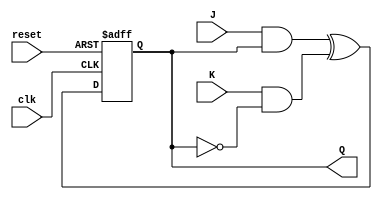
module jk_latch(
    input clk,  // Clock signal
    input reset,  // Reset signal
    input J,  // Input J for setting the latch
    input K,  // Input K for resetting the latch
    output reg Q  // Output Q of the latch
);

reg D1, D2;  // D flip-flop inputs

assign D1 = J & Q;  // Set condition
assign D2 = K & (~Q);  // Reset condition

always @(posedge clk or posedge reset) begin
    if (reset) begin
        Q <= 1'b0;  // Reset to 0
    end else begin
        Q <= D1 ^ D2;  // Toggle Q based on inputs
    end
end

endmodule